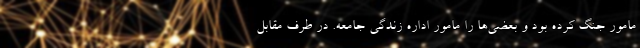
مامور جنگ کرده بود و بعضی‌ها را مامور اداره زندگی جامعه. در طرف مقابل